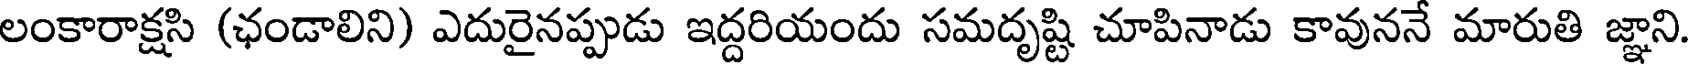
లంకారాక్షసి (ఛండాలిని) ఎదురైనప్పుడు ఇద్దరియందు సమదృష్టి చూపినాడు కావుననే మారుతి జ్ఞాని